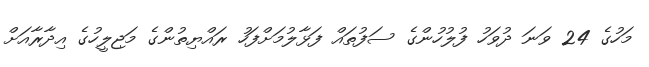
މަހުގެ 24 ވަނަ ދުވަހު ފުލުހުންގެ ސަފުތައް ފަޅާލުމަށްފަހު ރައްޔިތުންގެ މަޖިލީހުގެ އިދާރާއަށް